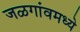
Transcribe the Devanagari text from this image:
जळगांवमध्ये